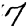
Digit: 7